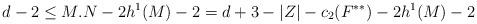
LaTeX: \begin{align*}d-2 \le M.N -2h^1(M) -2 = d+3 - |Z| -c_2(F^{**}) -2h^1(M) -2\end{align*}